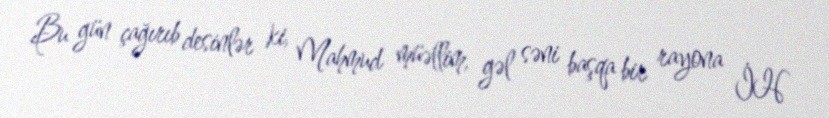
Bu gün çağırıb desinlər ki, Mahmud müəllim, gəl səni başqa bir rayona İH